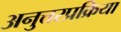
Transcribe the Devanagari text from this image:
अनुत्तरप्रक्रिया